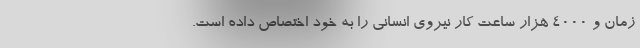
زمان و 4000 هزار ساعت کار نیروی انسانی را به خود اختصاص داده است.